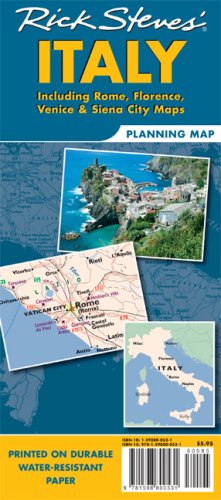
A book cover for Rick Steves' Italy Map: Including Rome, Florence, Venice and Siena City; Rick Steves; Reference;